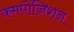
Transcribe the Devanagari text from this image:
कमपोजिशन